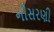
નીસરણી